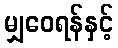
မျှဝေရန်နှင့်